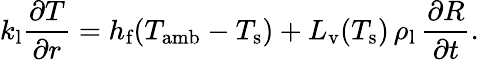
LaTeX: k_{\textup{l}}\frac{\partial T}{\partial r}=h_{\textup{f}}(T_{\textup{amb}}-T_{\textup{s}})+L_{\textup{v}}(T_{\textup{s}})\, \rho_{\textup{l}}\, \frac{\partial R}{\partial t}.